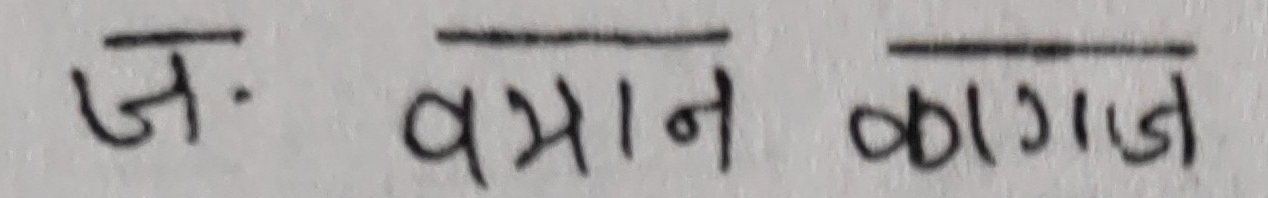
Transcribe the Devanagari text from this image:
ज. समान कागज